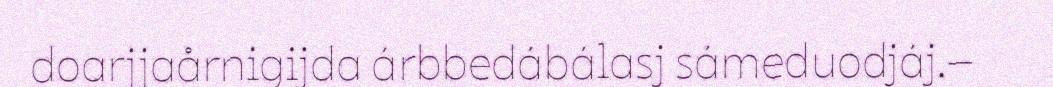
doarjjaårnigijda árbbedábálasj sámeduodjáj.–